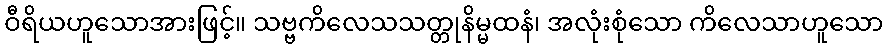
ဝီရိယဟူသောအားဖြင့်။ သဗ္ဗကိလေသသတ္တုနိမ္မထနံ၊ အလုံးစုံသော ကိလေသာဟူသော